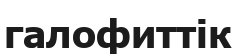
галофиттік